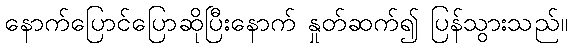
နောက်ပြောင်ပြောဆိုပြီးနောက် နှုတ်ဆက်၍ ပြန်သွားသည်။